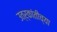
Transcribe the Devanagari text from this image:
उत्र्कांतीच्या